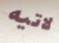
لاتيه